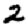
Digit: 2